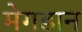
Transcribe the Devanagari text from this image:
मेगडान